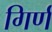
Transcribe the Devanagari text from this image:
गिर्ण